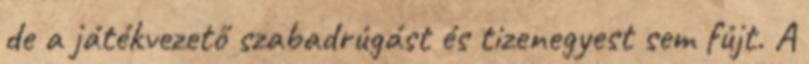
de a játékvezető szabadrúgást és tizenegyest sem fújt. A